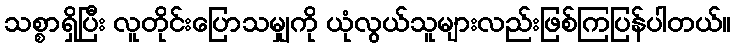
သစ္စာရှိပြီး လူတိုင်းပြောသမျှကို ယုံလွယ်သူများလည်းဖြစ်ကြပြန်ပါတယ်။